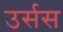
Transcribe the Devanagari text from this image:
उर्सस